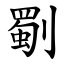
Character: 劅